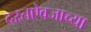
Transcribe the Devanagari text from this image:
दस्तऐवजाच्या